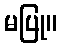
မပြု။